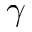
\gamma